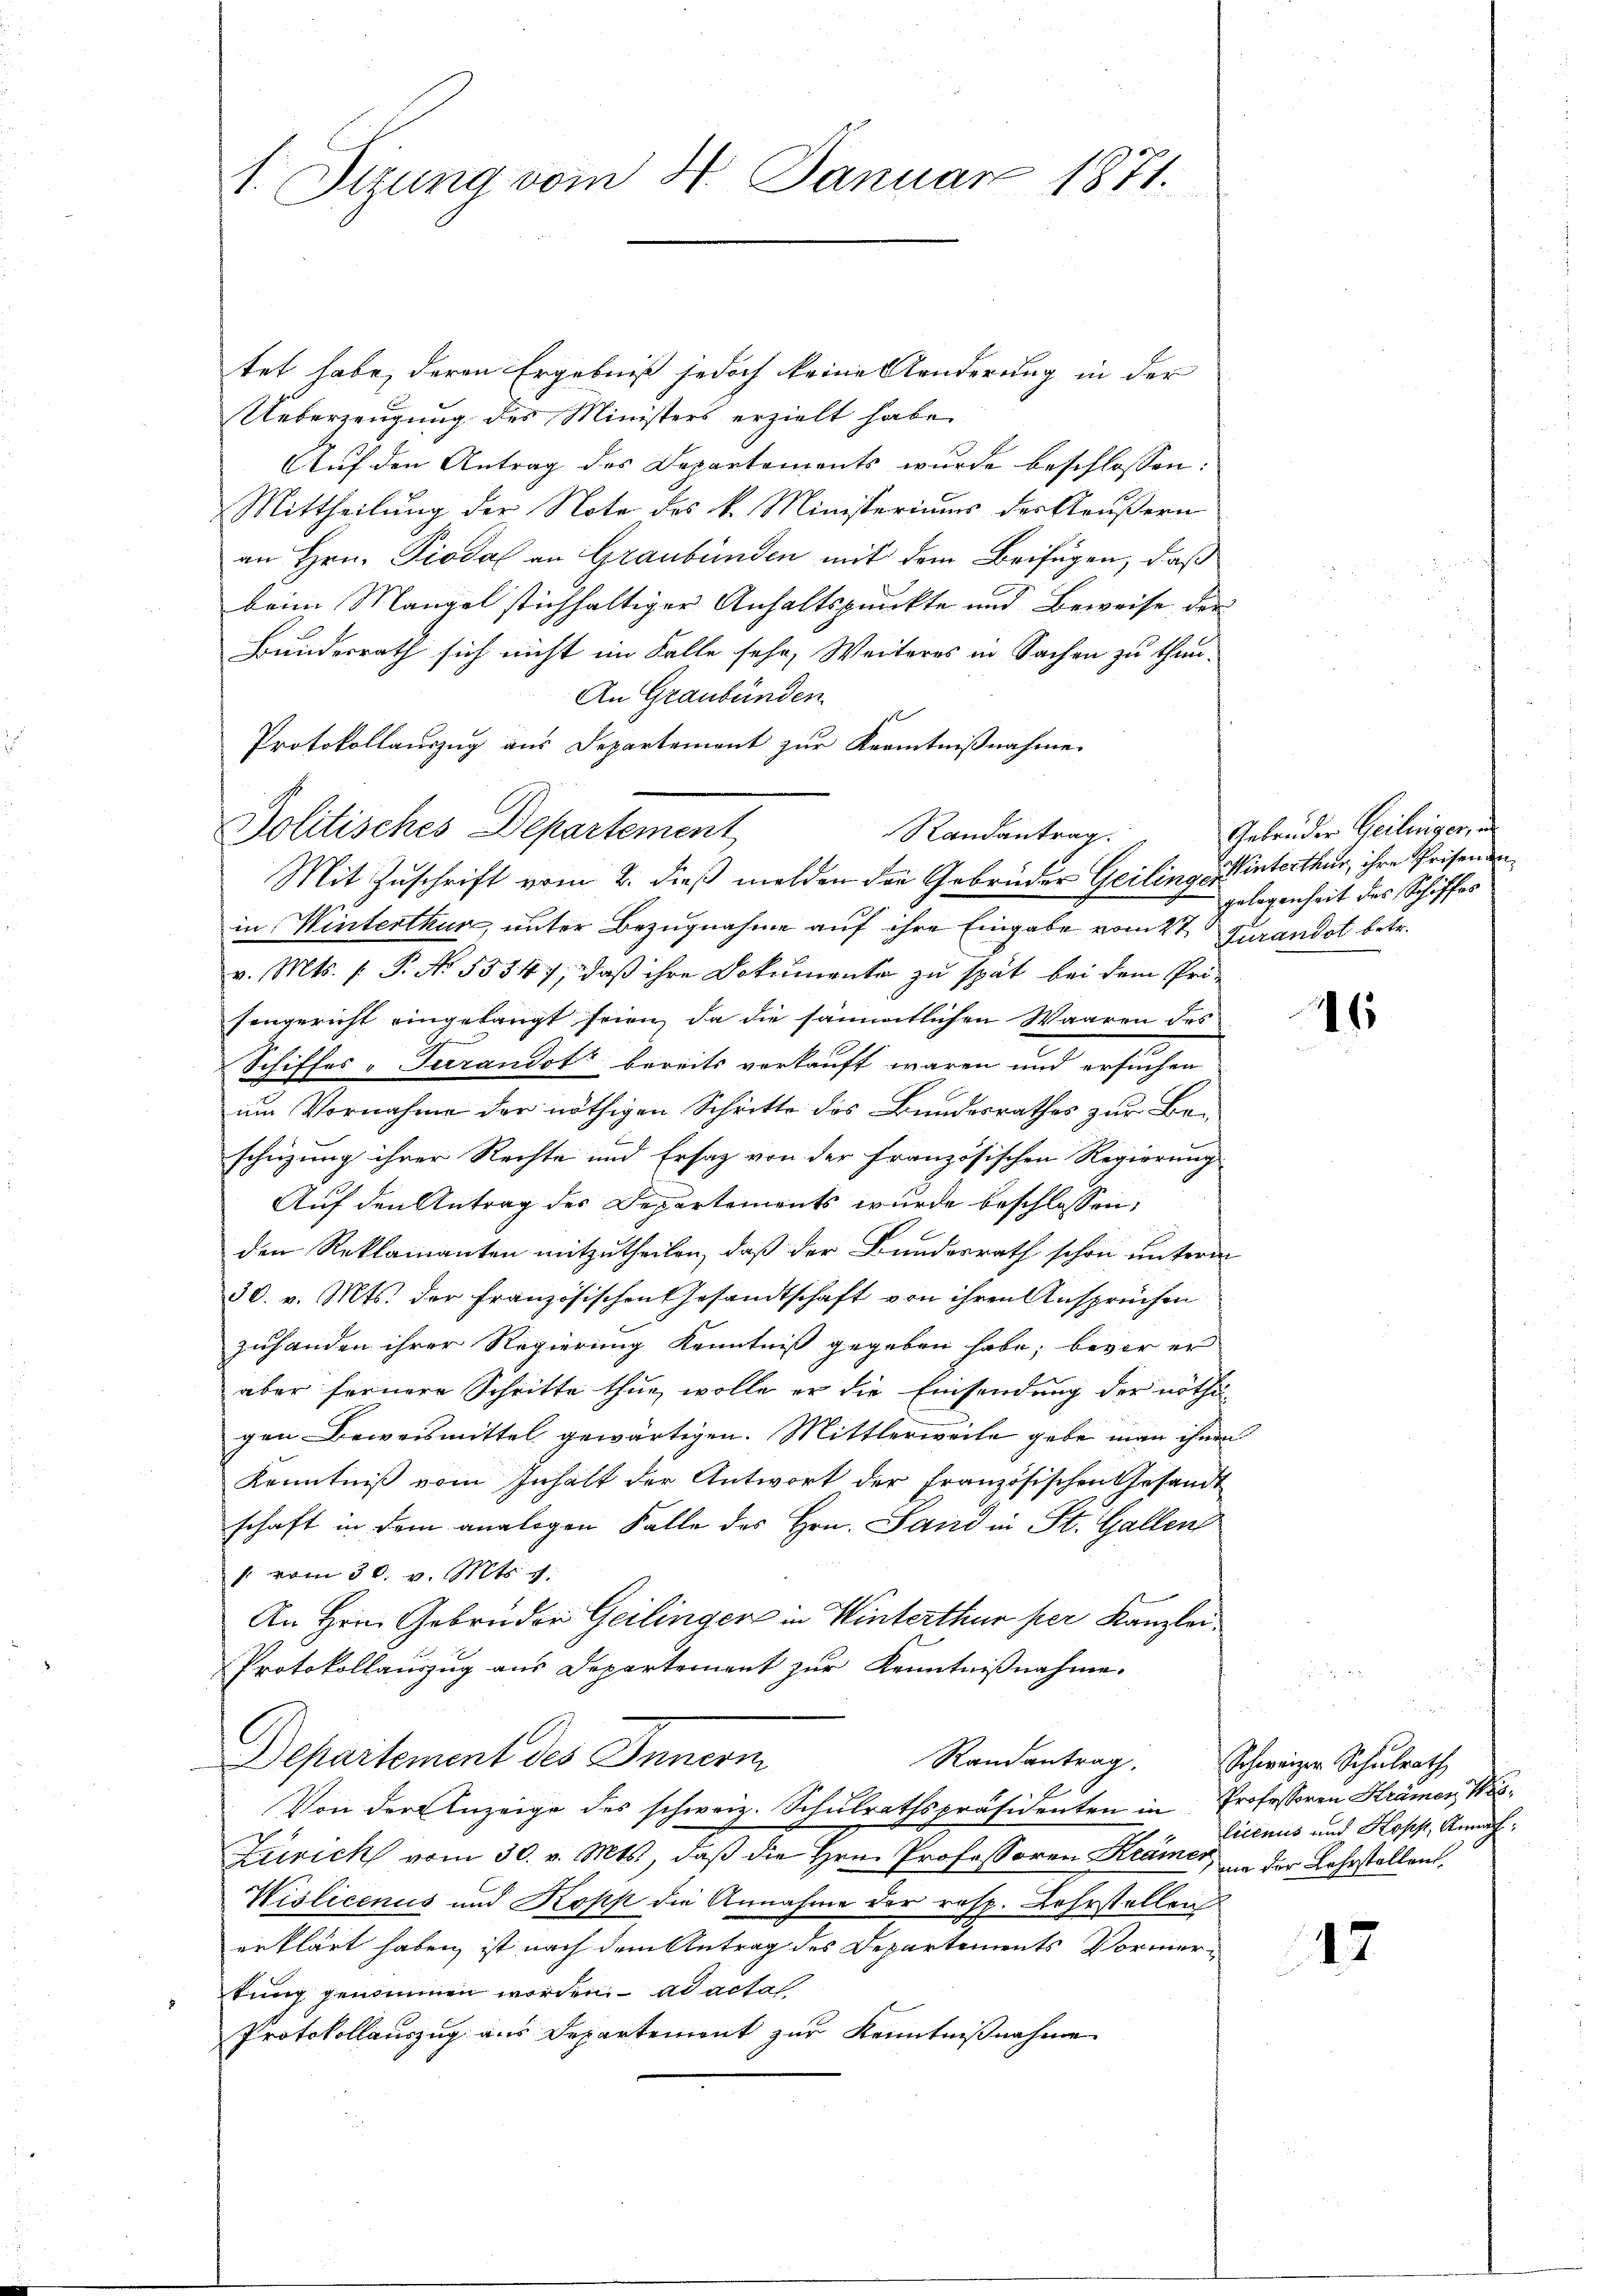
1. Sitzung vom 4. Januar 1871.

tet habe, deren Ergebniß jedoch keine Aenderung in der
Ueberzeugung des Ministers erzielt habe.
Auf den Antrag des Departements wurde beschlossen:
Mittheilung der Note des k. Ministeriums der Aeußern
an Hrn. Piodal an Graubünden mit dem Beifügen, daß
beim Mangel stichhaltiger Anhaltspunkte und Beweise der
Bundesrath sich nicht im Falle sehr, Weiteres in Sachen zu thun.
An Graubünden
Protokollauszug aus Departement zŭr Kenntniβnahme
in Winterthur, unter Bezugnahme auf ihre Eingabe vom 2t Jurandot betr.
v. Mts. (: P. No 55547, daß ihre Dokumente zu spät bei dem Prä-
sengericht eingelangt seien, da die sämmtlichen Waaren des
Schiffes-Turandot bereits verkauft waren und ersuchen
um Vornahme der nöthigen Schritte des Bundesrathes zur Beschüzung ihrer Rechte und Ersatz von der Französischen Regierung
Auf den Antrag der Departements wurde beschlossen:
den Reklamanten mitzutheilen, daß der Bundesrath schon unterm
30. v. Mts. der französischen Gesandtschaft von ihren Ansprüchen
zuhanden ihrer Regierung Kenntniß gegeben habe, bevor er
aber fernere Schritte thue, wolle er die Einsendung der nöthi
gen Beweismittel gewärtigen. Mittlerweile gebe man ihnen
Kenntniß vom Inhalt der Antwort der Französischen Gesandt
schaft in dem analigen Falle des Hrn. Sand in St. Gallen
 vom 30. v. Mts. g.
An Hrn. Gebrüder Geilinger in Winterthur per Kanzlei.
Protokollauszug aus Departement zur Kenntnißnahme.
l
Departement des Innern
Randantrag. Schweizer Schulrath
Von der Anzeige des schweiz. Schulrathspräsidenten in Professoren Krämer Wis¬
Farrich vom 30. v. Mts., daß die Hrn. Professoren Krämer, in der Lehrstellens
Wislicenus und Kopp die Annahme der resp. Lehrstellen
erklärt haben, ist nach dem Antrag des Departements Vormerkung genommen worden. ad acta
Protokollauszug aus Departement zur Kenntnißnahme

Politisches Departement
Randantrag.
Mit Zuschrift vom 2. dieß melden der Gebrüder Geilingen interthur, ihre Prisenden¬

Gebrüder Heilungen, u.
gelegenheit des Schiffes

6

licenus und Kopp, Amraf:

17